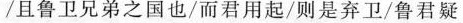
/且鲁卫兄弟之国也/而君用起/则是弃卫/鲁君疑